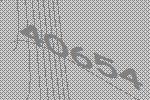
40654